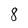
Character: 8